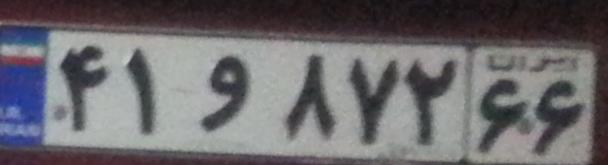
۴۱و۸۷۲۶۶